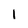
Character: 1